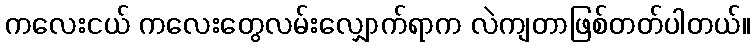
ကလေးငယ် ကလေးတွေလမ်းလျှောက်ရာက လဲကျတာဖြစ်တတ်ပါတယ်။